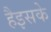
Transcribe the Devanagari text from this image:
हैइसके